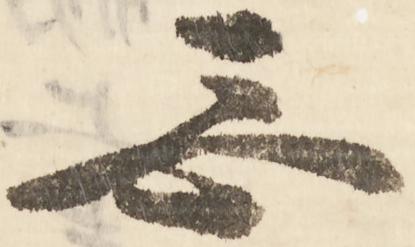
忩